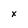
Character: x